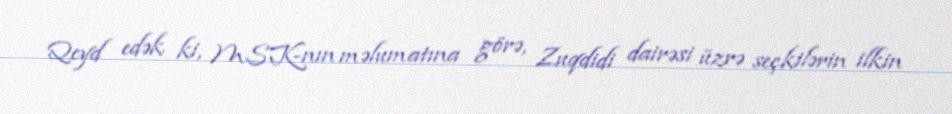
Qeyd edək ki, MSK-nın məlumatına görə, Zuqdidi dairəsi üzrə seçkilərin ilkin